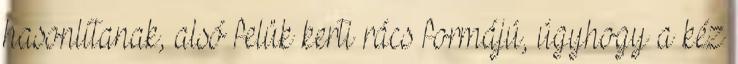
hasonlítanak, alsó felük kerti rács formájú, úgyhogy a kéz